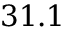
3 1 . 1